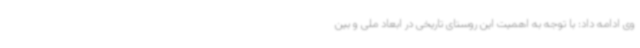
وی ادامه داد: با توجه به اهمیت این روستای تاریخی در ابعاد ملی و بین